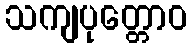
သကျပုတ္တောဝ